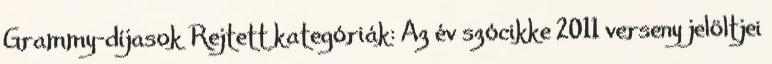
Grammy-díjasok Rejtett kategóriák: Az év szócikke 2011 verseny jelöltjei